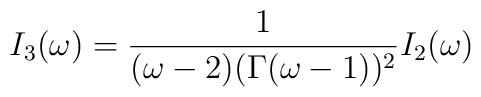
I_3(\omega) = \frac{1}{(\omega-2)(\Gamma(\omega-1))^2} I_2 (\omega)